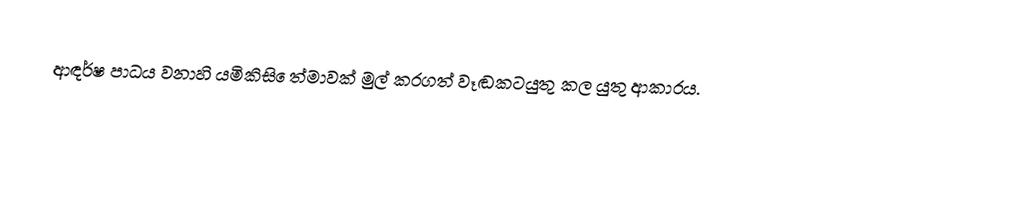
ආඳර්ෂ පාධය වනාහි යමිකිසි ෙත්මාවක් මුල් කරගත් වෑඬකටයුතු කල යුතු ආකාරය.